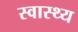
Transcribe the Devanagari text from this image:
स्‍वास्‍थ्य